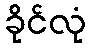
ခိုင်လုံ